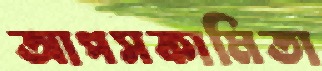
আপসকামিতা